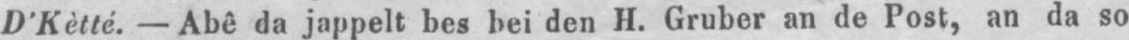
D’Kètté. - Abê da jappelt bes bei den H. Gruber an de Post, an da so